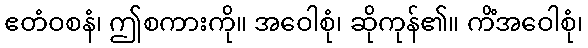
ဧတံဝစနံ၊ ဤစကားကို။ အဝေါစုံ၊ ဆိုကုန်၏။ ကိံအဝေါစုံ၊